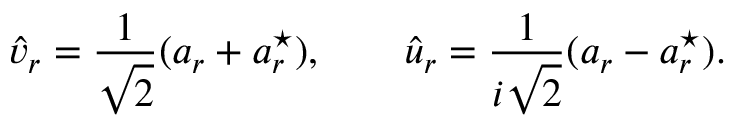
\widehat v _ { r } = \frac { 1 } { \sqrt 2 } ( a _ { r } + a _ { r } ^ { \star } ) , \qquad \widehat u _ { r } = \frac { 1 } { i \sqrt 2 } ( a _ { r } - a _ { r } ^ { \star } ) .